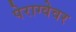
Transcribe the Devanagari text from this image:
पेराग्वेवर